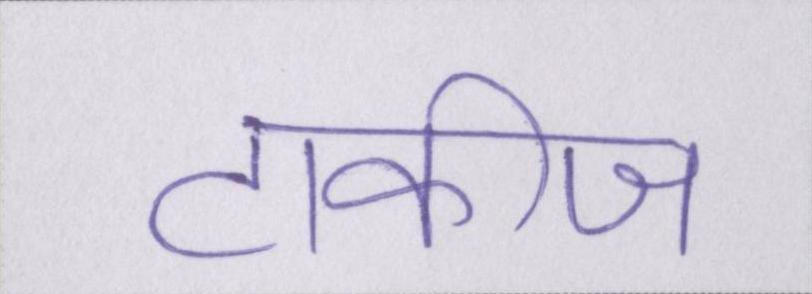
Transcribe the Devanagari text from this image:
टाकीज